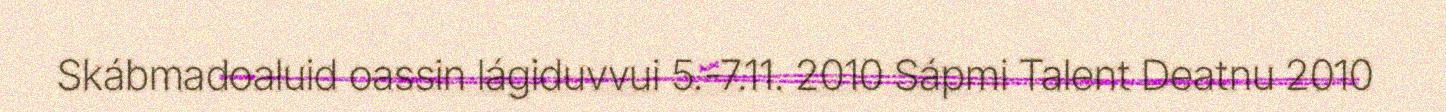
Skábmadoaluid oassin lágiduvvui 5.-7.11. 2010 Sápmi Talent Deatnu 2010